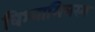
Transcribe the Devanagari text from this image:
विश्वामित्रस्य